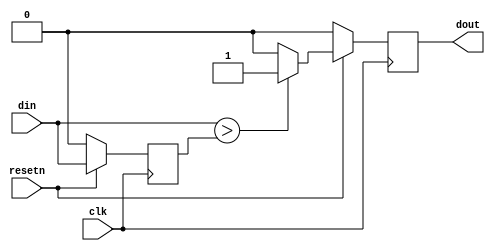
module model (
  input clk,
  input resetn,
  input din,
  output dout
);
  reg q;
  reg rdout;
  assign dout=rdout;
  always@(posedge clk)begin
    if(!resetn)begin
      q<=0;
      rdout<=0;
    end
    else begin
      rdout<=(din>q)?1:0;
      q<=din;
    end
  end
endmodule